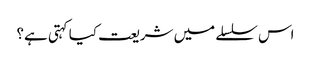
اس سلسلے میں شریعت کیا کہتی ہے؟